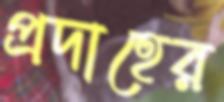
প্রদাহের